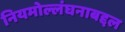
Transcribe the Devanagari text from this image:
नियमोल्लंघनाबद्दल